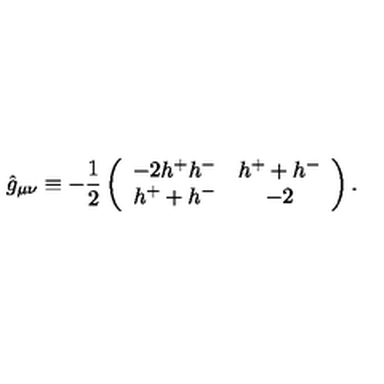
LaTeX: \hat { g } _ { \mu \nu } \equiv - \frac 1 2 \left( \begin{array} { c c } { - 2 h ^ { + } h ^ { - } } & { h ^ { + } + h ^ { - } } \\ { h ^ { + } + h ^ { - } } & { - 2 } \\ \end{array} \right) .